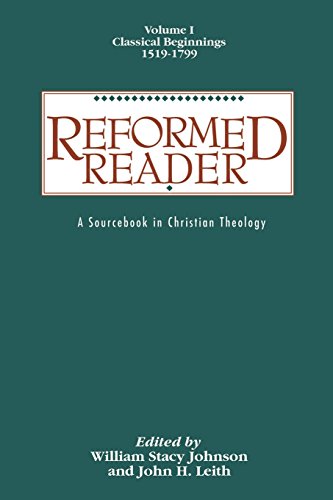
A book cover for Reformed Reader:  A Sourcebook in Christian Theology: Volume 1: Classical Beginnings, 1519-1799; Christian Books & Bibles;